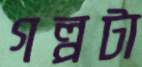
গল্পটা